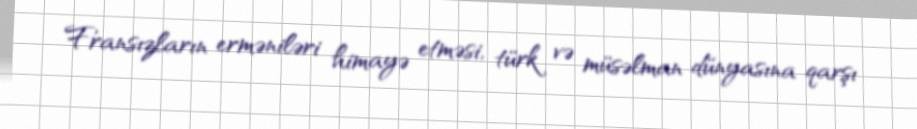
Fransızların erməniləri himayə etməsi, türk və müsəlman dünyasına qarşı